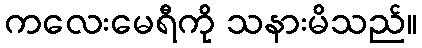
ကလေးမေရီကို သနားမိသည်။